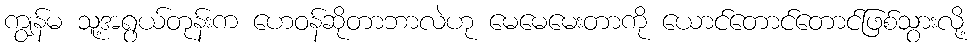
ကျွန်မ သူ့အရွယ်တုန်းက ဟေဝန်ဆိုတာဘာလဲဟု မေမေမေးတာကို ယောင်တောင်တောင်ဖြစ်သွားလို့